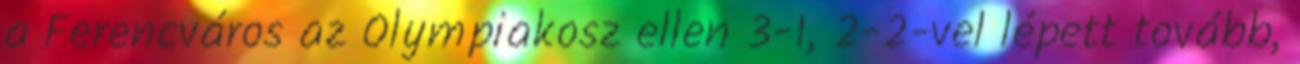
a Ferencváros az Olympiakosz ellen 3-1, 2-2-vel lépett tovább,